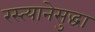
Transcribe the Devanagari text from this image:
रस्त्यानेसुद्धा